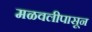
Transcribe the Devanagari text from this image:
मळवलीपासून